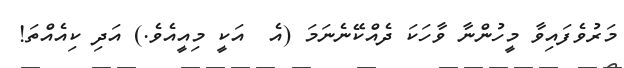
މަރުވެފައިވާ މީހުންނާ ވާހަކަ ދެއްކޭނެނަމަ (އެ  އަކީ މިއީއެވެ.) އަދި ކިއެއްތަ!